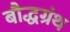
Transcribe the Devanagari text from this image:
बौद्धग्रंथ